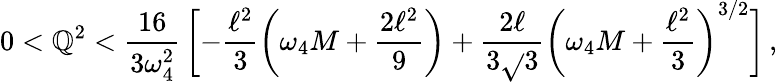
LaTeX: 0<\mathbb{Q}^{2}<\frac{{16}}{{3\omega_{4}^{2}}}\, \biggl[-\frac{{\ell^{2}}}{{3}}\left(\omega_{4}M+\frac{{2\ell^{2}}}{{9}}\right)+\frac{{2\ell}}{{3\sqrt{}{{3}}}}\left(\omega_{4}M+\frac{{\ell^{2}}}{{3}}\right)^{3/2}\biggr]\, ,